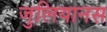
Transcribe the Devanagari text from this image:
जुलियानस